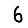
Digit: 6